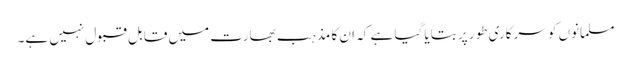
مسلمانوں کو سرکاری طور پر بتایا گیا ہے کہ ان کا مذہب بھارت میں قابل قبول نہیں ہے۔